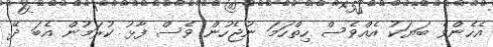
އެހެންވެ ބަޔަކު އެއްވެސް ހިތްހަމަ ނުޖެހުން ވެސް ފާޅު ކުރަމުން އެބަ ދޭ.